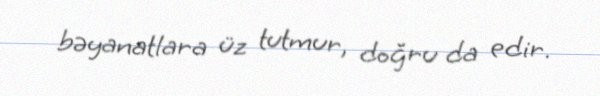
bəyanatlara üz tutmur, doğru da edir.